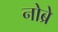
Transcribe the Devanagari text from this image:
नोब्रे